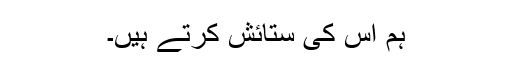
ہم اس کی ستائش کرتے ہیں۔